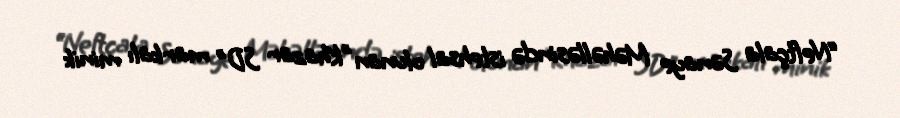
“Neftçala Sənaye Məhəlləsində istehsal olunan ”Khazar SD" markalı minik